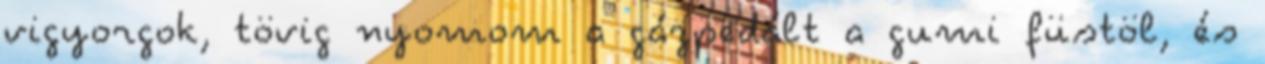
vigyorgok, tövig nyomom a gázpedált a gumi füstöl, és